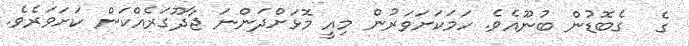
ގެ  ގެބޮޑުން ބުނޫއެވެ. ހަމަކަށަވަރުން މިއީ މޮޅަށްދަންނަ ޖާދޫގަރެއްކަން ކަށަވަރެވެ.